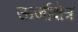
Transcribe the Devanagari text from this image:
ऊर्जाक्षेत्र